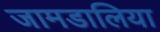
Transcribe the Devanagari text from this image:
जामडालिया